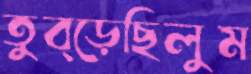
তুব্‌ড়েছিলুম